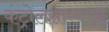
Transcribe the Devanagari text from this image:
कंट्रोलसारख्या